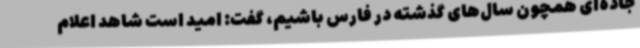
جاده‌ای همچون سال‌های گذشته در فارس باشیم، گفت: امید است شاهد اعلام